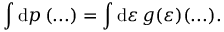
\int \mathrm { d } \boldsymbol { p } \, ( . . . ) = \int \mathrm { d } \varepsilon \, g ( \varepsilon ) ( . . . ) .